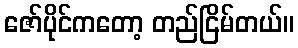
ဇော်ပိုင်ကတော့ တည်ငြိမ်တယ်။